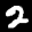
Label: 2